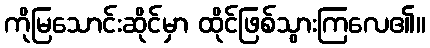
ကိုမြသောင်းဆိုင်မှာ ထိုင်ဖြစ်သွားကြလေ၏။